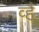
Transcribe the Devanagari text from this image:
व्है